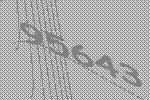
95643